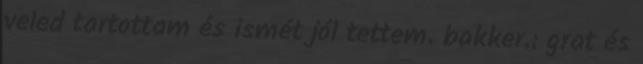
veled tartottam és ismét jól tettem. bakker.: grat és